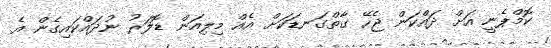
ކޮމްޕެނީ އަށް ދައްކަން ޖެހޭ ގާތްގަނޑަކަށް އެއް މިލިއަން ޑޮލަރު ނުދައްކައިގެން އެ